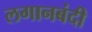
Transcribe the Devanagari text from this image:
लगानबंदी